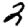
Digit: 2